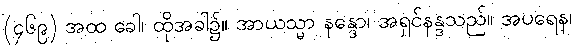
(၄၆၉) အထ ခေါ၊ ထိုအခါ၌။ အာယသ္မာ နန္ဒော၊ အရှင်နန္ဒသည်။ အပရေန၊